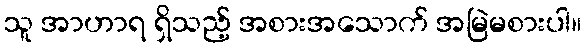
သူ အာဟာရ ရှိသည့် အစားအသောက် အမြဲမစားပါ။